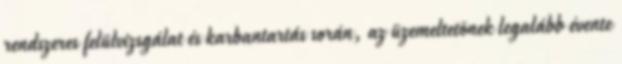
rendszeres felülvizsgálat és karbantartás során, az üzemeltetõnek legalább évente